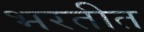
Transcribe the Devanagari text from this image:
भरतीत